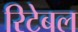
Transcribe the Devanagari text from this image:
रिटेबल